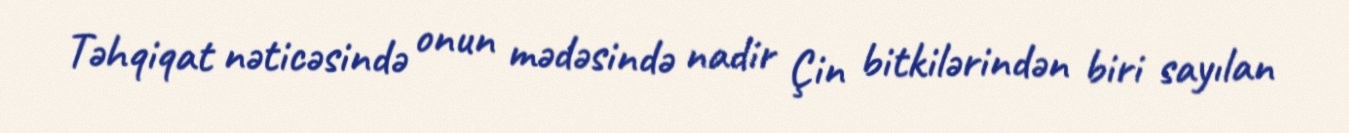
Təhqiqat nəticəsində onun mədəsində nadir Çin bitkilərindən biri sayılan